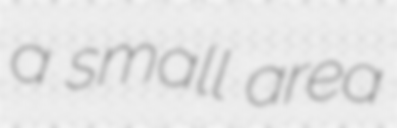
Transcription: a small area